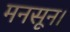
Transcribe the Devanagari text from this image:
मनसून।